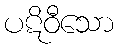
ပဋိဝီသော